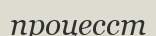
процесст